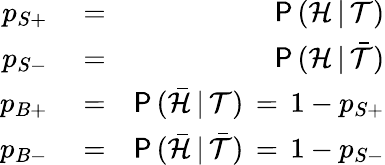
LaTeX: \begin{array}{rlr}{p_{S+}}&{{}=}&{\mathsf{P}\, (\mathcal{H}\, |\, \mathcal{T})}\\ {p_{S-}}&{{}=}&{\mathsf{P}\, (\mathcal{H}\, |\, \bar{\mathcal{T}})}\\ {p_{B+}}&{{}=}&{\mathsf{P}\, (\bar{\mathcal{H}}\, |\, \mathcal{T})\, =\, 1-p_{S+}}\\ {p_{B-}}&{{}=}&{\mathsf{P}\, (\bar{\mathcal{H}}\, |\, \bar{\mathcal{T}})\, =\, 1-p_{S-}}\end{array}